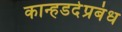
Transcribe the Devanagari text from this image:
कान्हडदेप्रबंध